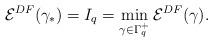
LaTeX: \begin{align*} \mathcal{E}^{DF}(\gamma_*)=I_q=\min_{\gamma\in\Gamma_{ q}^+}\mathcal{E}^{DF}(\gamma).\end{align*}